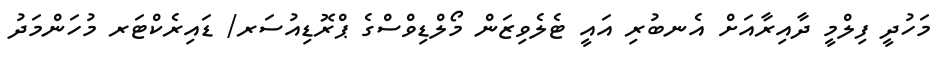
މަހުދީ ފިލްމީ ދާއިރާއަށް އެނބުރި އައީ ޓެލެވިޒަން މޯލްޑިވްސްގެ ޕްރޮޑިއުސަރ/ ޑައިރެކްޓަރ މުހަންމަދު